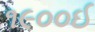
૧૯૦૦ઈ